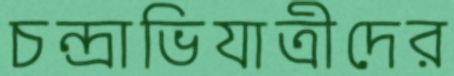
চন্দ্রাভিযাত্রীদের